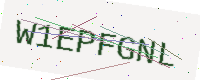
Text: W1EPFGNL